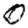
Digit: 0